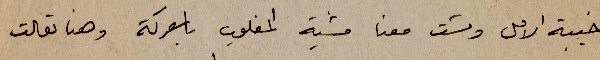
خيبة الامل ومشت معنا مشية المغلوب بالمعركة وهنا تعالت